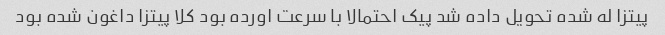
پیتزا له شده تحویل داده شد پیک احتمالا با سرعت اورده بود کلا پیتزا داغون شده بود